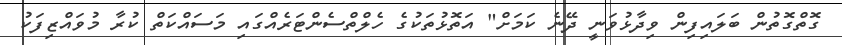
ގޮތްގޮތުން ބަލައިފިން ވިދާޅުވަނީ ދޭނެ ކަމަށް" އަތޮޅުތަކުގެ ހެލްތްސެންޓަރެއްގައި މަސައްކަތް ކުރާ މުވައްޒިފަކު